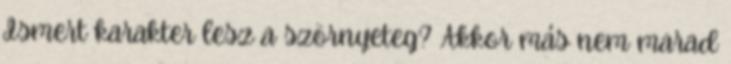
Ismert karakter lesz a szörnyeteg? Akkor más nem marad